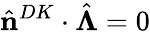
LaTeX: \hat{\mathbf{n}}^{DK}\cdot\hat{\boldsymbol{\Lambda}}=0